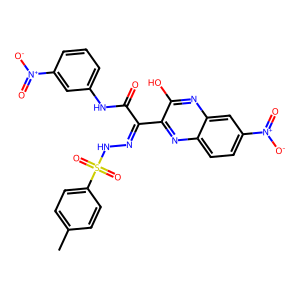
SMILES: Cc1ccc(S(=O)(=O)NN=C(C(=O)Nc2cccc([N+](=O)[O-])c2)c2nc3ccc([N+](=O)[O-])cc3nc2O)cc1
Inhibits HIV replication: No